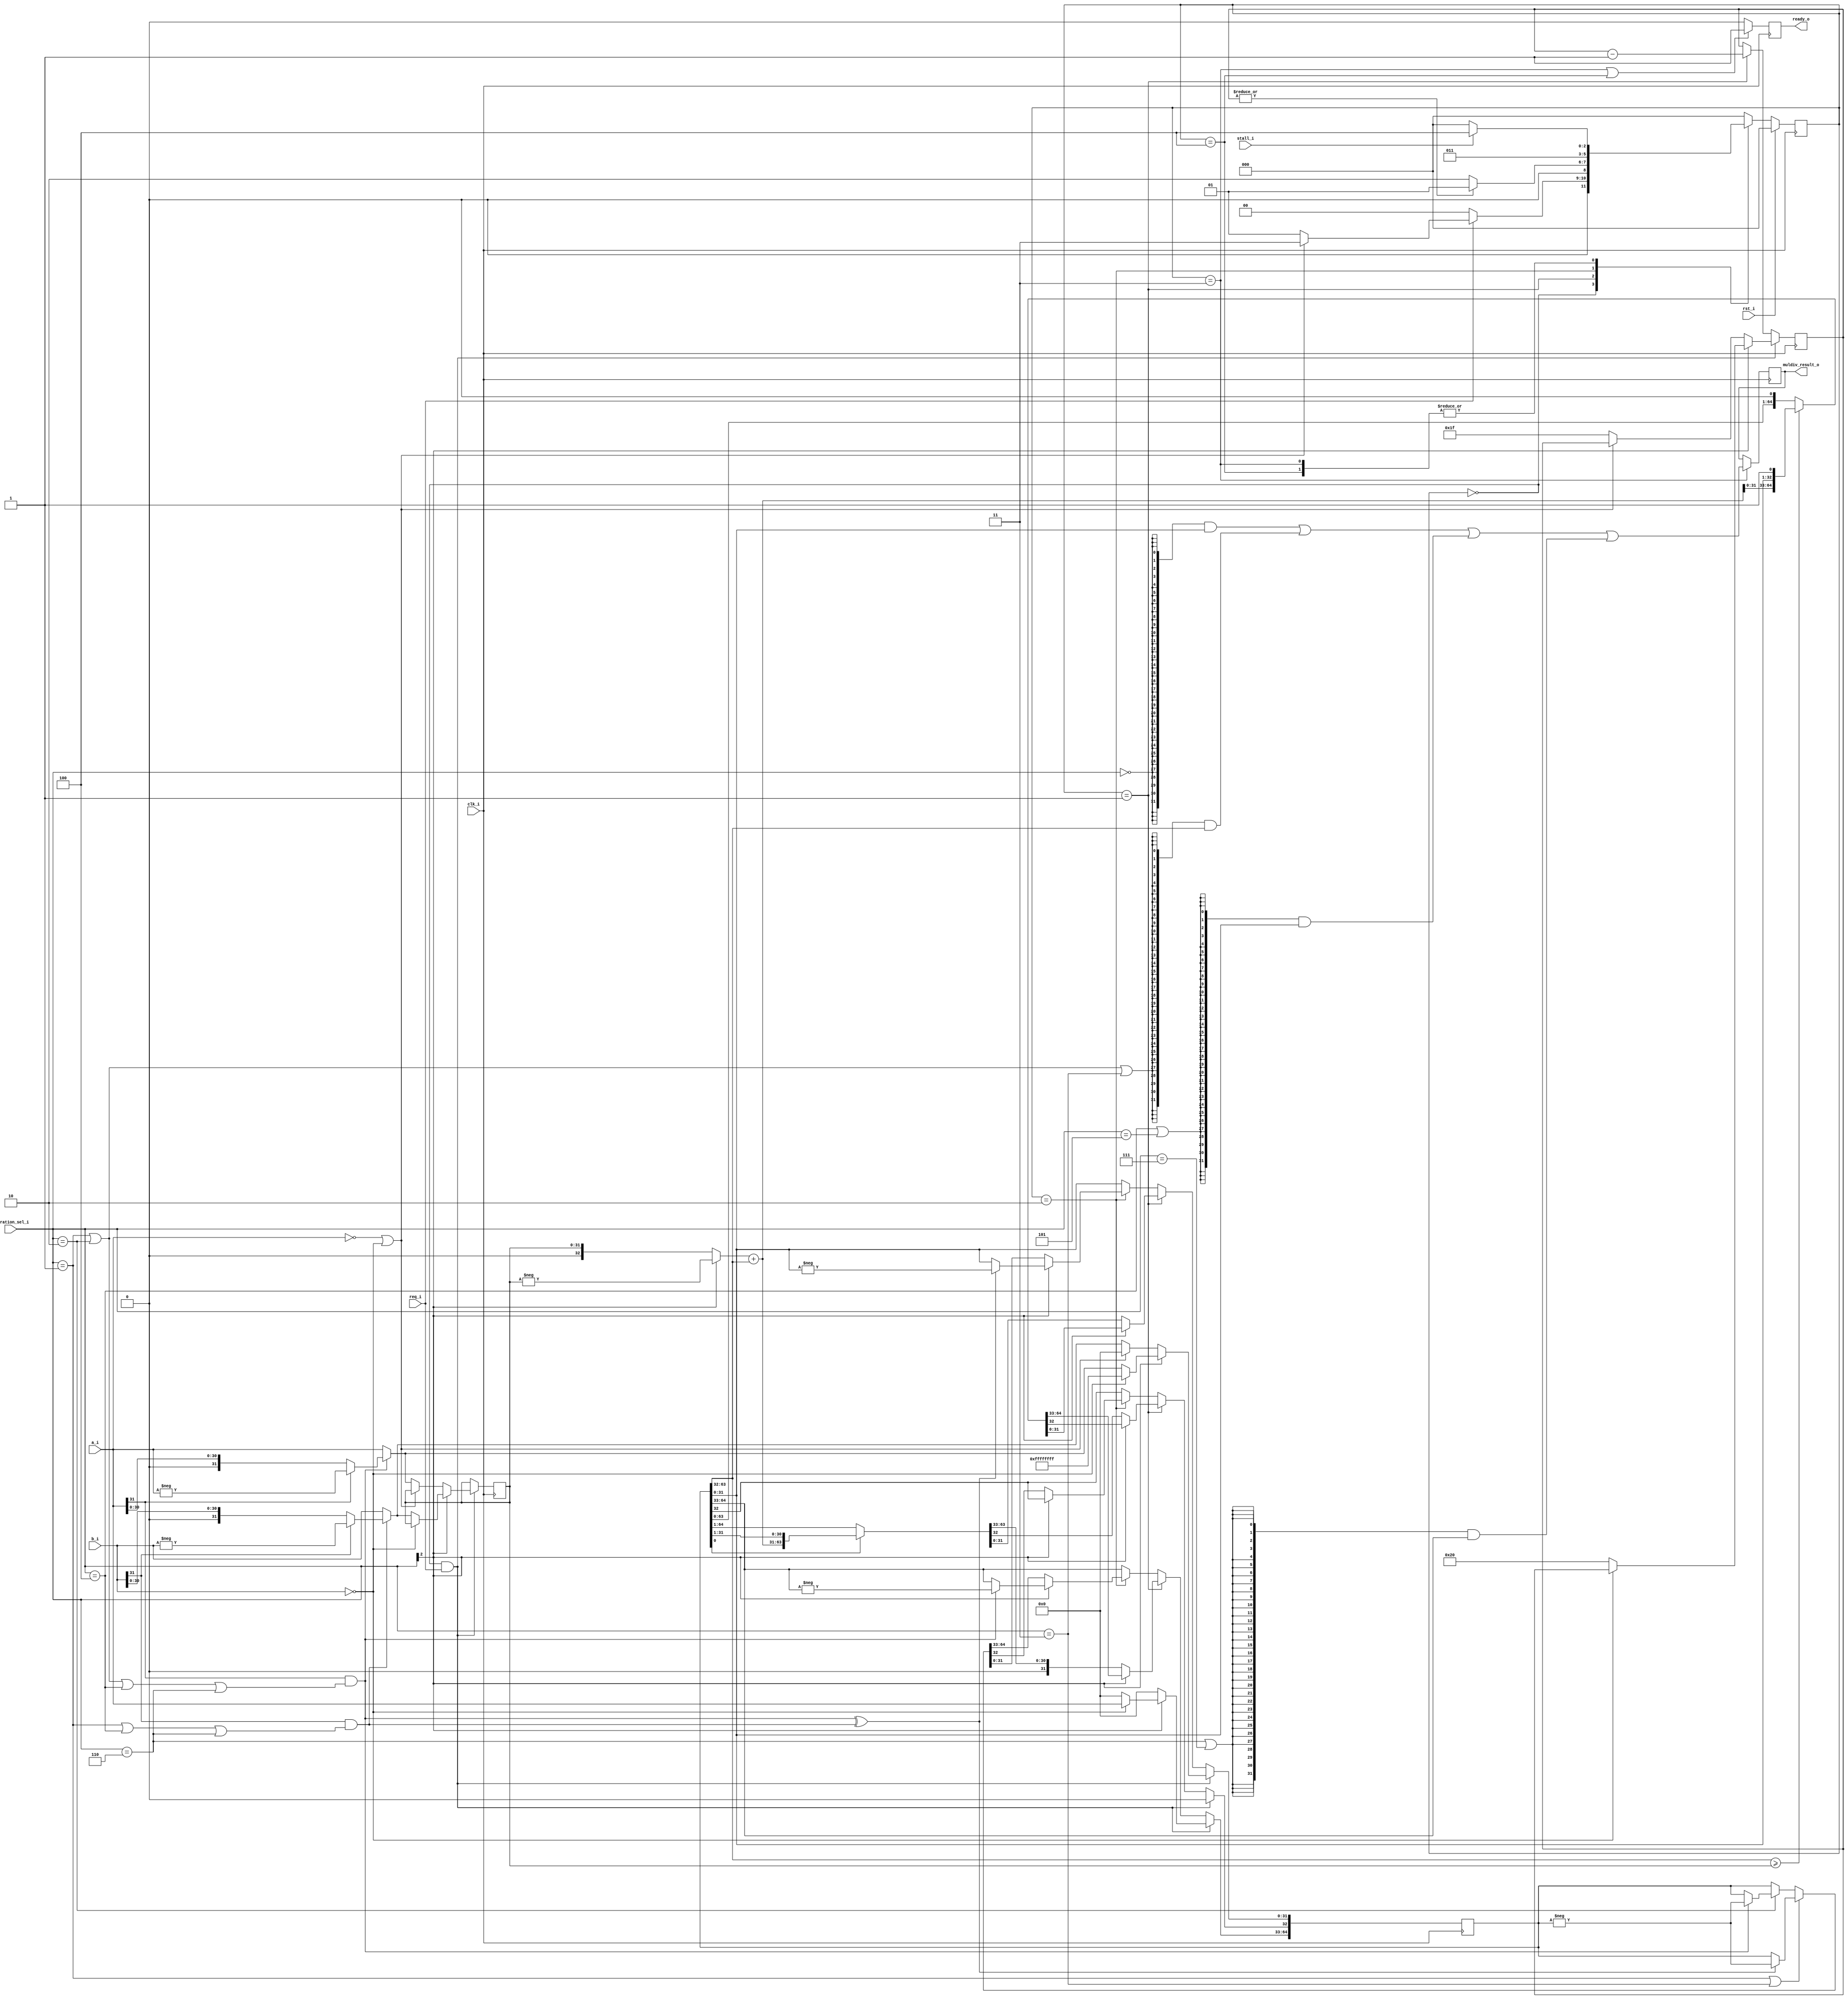
module muldiv#(parameter XLEN = 32)
(
    input                   clk_i,
    input                   rst_i,
    input                   stall_i,
    input  [XLEN-1 : 0]     a_i,
    input  [XLEN-1 : 0]     b_i,
    input                   req_i,
    input  [ 2 : 0]         operation_sel_i,
    output reg [XLEN-1 : 0] muldiv_result_o,
    output reg              ready_o
);

function [XLEN-1 : 0] abs;
    input [XLEN-1 : 0] num;

    abs = num[XLEN-1] ? -num : num;
endfunction

// ================================================================================
// Operation signals
//
wire operation_mul, operation_mulh, operation_mulhsu, operation_mulhu,
     operation_div, operation_divu, operation_rem, operation_remu;

assign operation_mul = (operation_sel_i == 3'b000);
assign operation_mulh = (operation_sel_i == 3'b001);
assign operation_mulhsu = (operation_sel_i == 3'b010);
assign operation_mulhu = (operation_sel_i == 3'b011);
assign operation_div = (operation_sel_i == 3'b100);
assign operation_divu = (operation_sel_i == 3'b101);
assign operation_rem = (operation_sel_i == 3'b110);
assign operation_remu = (operation_sel_i == 3'b111);

wire is_divider, is_a_zero, is_b_zero,
     is_a_neg, is_b_neg, signed_adjust, mul_overflow;

assign is_divider = operation_sel_i[2];
assign is_a_zero = (a_i == 32'b0);
assign is_b_zero = (b_i == 32'b0);
assign is_a_neg  = a_i[31] & (operation_mulh | operation_mulhsu | operation_div | operation_rem);
assign is_b_neg  = b_i[31] & (operation_mulh | operation_div | operation_rem);
assign signed_adjust = is_a_neg ^ is_b_neg;
assign mul_overflow   = (is_a_neg & (a_i[30: 0] == 31'b0));

wire [XLEN-1 : 0] op_a, op_b;

assign op_a = ( | is_a_neg)? abs(a_i) : a_i;
assign op_b = ( | is_b_neg)? abs(b_i) : b_i;

wire              is_calc_done;
reg  [XLEN-1 : 0] reg32;
reg  [XLEN*2 : 0] result;       // 65-bit, 1 extra bit
reg  [ 5 : 0]     cnt;

`ifdef ENABLE_FAST_MULTIPLY
// For the fast multiplier using Xilinx FPGA IPs.
reg  [XLEN-1 : 0]   op_a_r, op_b_r;
reg  [XLEN*2-1 : 0] fast_result, mul0, mul1;
reg  [ 1 : 0]       fast_mul_counter;

assign is_calc_done = !(operation_mul | operation_mulh | operation_mulhsu |
                        operation_mulhu)? ~|cnt : & fast_mul_counter;
`else
// For the slow shift-add binary multiplier.
assign is_calc_done = ~|cnt;
`endif

wire [XLEN-1 : 0] mull, mulh, quotient, remainder;

assign mull = result[31 : 0];
assign mulh = result[63 : 32];
assign quotient = result[31 : 0];
assign remainder = result[64 : 33];

// ================================================================================
// Finite State Machine
//
localparam S_IDLE        = 3'b000,
           S_CALC        = 3'b001,
           S_SIGN_ADJUST = 3'b010,
           S_DONE        = 3'b011,
           S_STALL       = 3'b100;
reg [2 : 0] S, S_nxt;

always @(posedge clk_i)
begin
    if (rst_i)
        S <= S_IDLE;
    else
        S <= S_nxt;
end

always @(*)
begin
    case (S)
        S_IDLE:
            S_nxt = (req_i)? (is_a_zero | is_b_zero)? S_DONE : S_CALC : S_IDLE;
        S_CALC:
            S_nxt = (is_calc_done)? S_SIGN_ADJUST : S_CALC;
        S_SIGN_ADJUST:
            S_nxt = S_DONE;
        S_DONE:
            S_nxt = (stall_i)? S_STALL : S_IDLE;
        S_STALL:
            S_nxt = (stall_i)? S_STALL : S_IDLE;
        default:
            S_nxt = S_IDLE;
    endcase
end

// ================================================================================
// Computation
//
wire mul_add = result[0];
wire div_sub = (result[63: 32] >= reg32);

wire [32 : 0] adder_opa, adder_opb;
assign adder_opa = is_divider ? -reg32 : reg32;
assign adder_opb = result[63: 32];

wire [32 : 0] adder_tmp = adder_opa + adder_opb;
wire [64 : 0] result_tmp = {adder_tmp, result[31: 0]};

`ifdef ENABLE_FAST_MULTIPLY
// Here, we use Xilinx synthesizer coding style to infer a
// 3-cycel multiplier. On KC-705@100MHz, you can even infer
// a single-cycle 32-bit x 32-bit multipler.
//
always @(posedge clk_i)
begin
    if (rst_i || ((S == S_IDLE) & req_i)) begin
        fast_result <= 32'b0;
        fast_mul_counter <= 2'b0; 
    end
    else begin
        op_a_r <= op_a;
        op_b_r <= op_b;
        mul0 <= op_a_r * op_b_r;
        mul1 <= mul0;
        fast_result <= mul1;
        fast_mul_counter <= (& fast_mul_counter)? fast_mul_counter : fast_mul_counter + 1;
    end
end
`endif

// Here, we use the slowest shift-add and shift-sub algorithms to
// implement the hardware divider and the multiplier. By default,
// the fast multiplier and the slow divider will be used for calculation.
//
always @(posedge clk_i)
begin
    if ( (S == S_IDLE) & req_i)
    begin
        if (is_divider)
        begin                       // divisor
            if (is_b_zero)
            begin                   // divide by zero, generate special value
                result[64: 33] <= a_i;
                result[32]  <= 1'b0;
                result[31: 0] <= {32{1'b1}};
            end
            else
            begin
                cnt <= 'd32;
                reg32 <= op_b;
                result <= {1'b0, 32'b0, op_a};  // ext_bit | remainder | quotient
            end
        end
        else
        begin                       // multiplier
            if (is_a_zero | is_b_zero)
            begin
                result <= 65'b0;
            end
            else
            begin
                cnt <= 'd31;
                reg32 <= op_a;
                result <= {1'b0, 32'b0, op_b};  // ext_bit | product
            end
        end
    end
    else if (S == S_CALC)
    begin
        cnt <= cnt - 'd1;
        if (is_divider)
        begin
            // slow divider: shift left
            result <= (div_sub)? {result_tmp[63 : 0], 1'b1} : {result[63 : 0], 1'b0};
        end
        else
        begin
            // slow multiplier: shift right
            result <= (mul_add)? {1'b0, result_tmp[64 : 1]} : {1'b0, result[64 : 1]};
        end
    end
    else if (S == S_SIGN_ADJUST)
    begin
        if (is_divider)
        begin
            result[64: 33] <= (is_a_neg)? -remainder : remainder;
            result[31: 0] <= (signed_adjust)? -quotient : quotient;
        end
        else
        begin
`ifdef ENABLE_FAST_MULTIPLY
            result <= (operation_mulh | operation_mulhu)? (signed_adjust)? -fast_result : fast_result
                    : (operation_mulhsu)? (is_a_neg)? -fast_result : fast_result : fast_result;
`else
            result <= (operation_mulh | operation_mulhu)? (signed_adjust)? -result : result
                    : (operation_mulhsu)? (is_a_neg)? -result : result : result;
`endif
        end
    end
end

// ================================================================================
// Output signals
//
always @(posedge clk_i)
begin
    if (S == S_DONE || S == S_STALL)
        ready_o <= 1;
    else
        ready_o <= 0;
end

always @(posedge clk_i)
begin
    if (S == S_DONE)
        muldiv_result_o <= ( {32{operation_mul}} & mull)
                      | ( {32{operation_mulh | operation_mulhsu | operation_mulhu}} & mulh)
                      | ( {32{operation_div | operation_divu}} & quotient)
                      | ( {32{operation_rem | operation_remu}} & remainder)
                      ;
    else
        muldiv_result_o <= muldiv_result_o;
end

endmodule